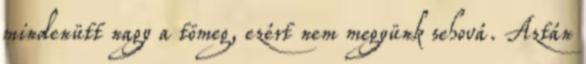
mindenütt nagy a tömeg, ezért nem megyünk sehová. Aztán